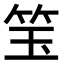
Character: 𬔵